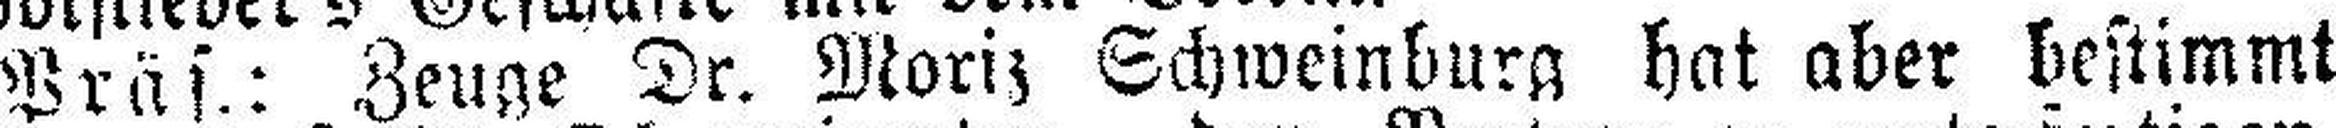
Präs: Zeuge Dr. Moriz Schweinburg hat aber bestimmt